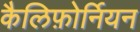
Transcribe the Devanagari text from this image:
कैलिफ़ोर्नियन